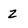
Character: z